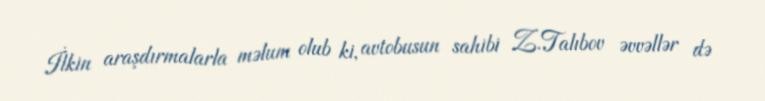
İlkin araşdırmalarla məlum olub ki, avtobusun sahibi Z.Talıbov əvvəllər də